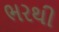
ભરથી